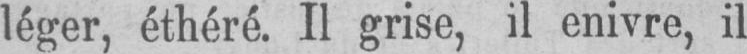
léger, éthéré. Il grise, il enivre, il